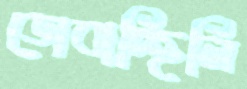
ডোবাচ্ছিলি